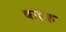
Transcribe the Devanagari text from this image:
षतक